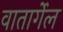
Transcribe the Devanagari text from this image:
वातार्गेल